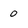
Character: 0